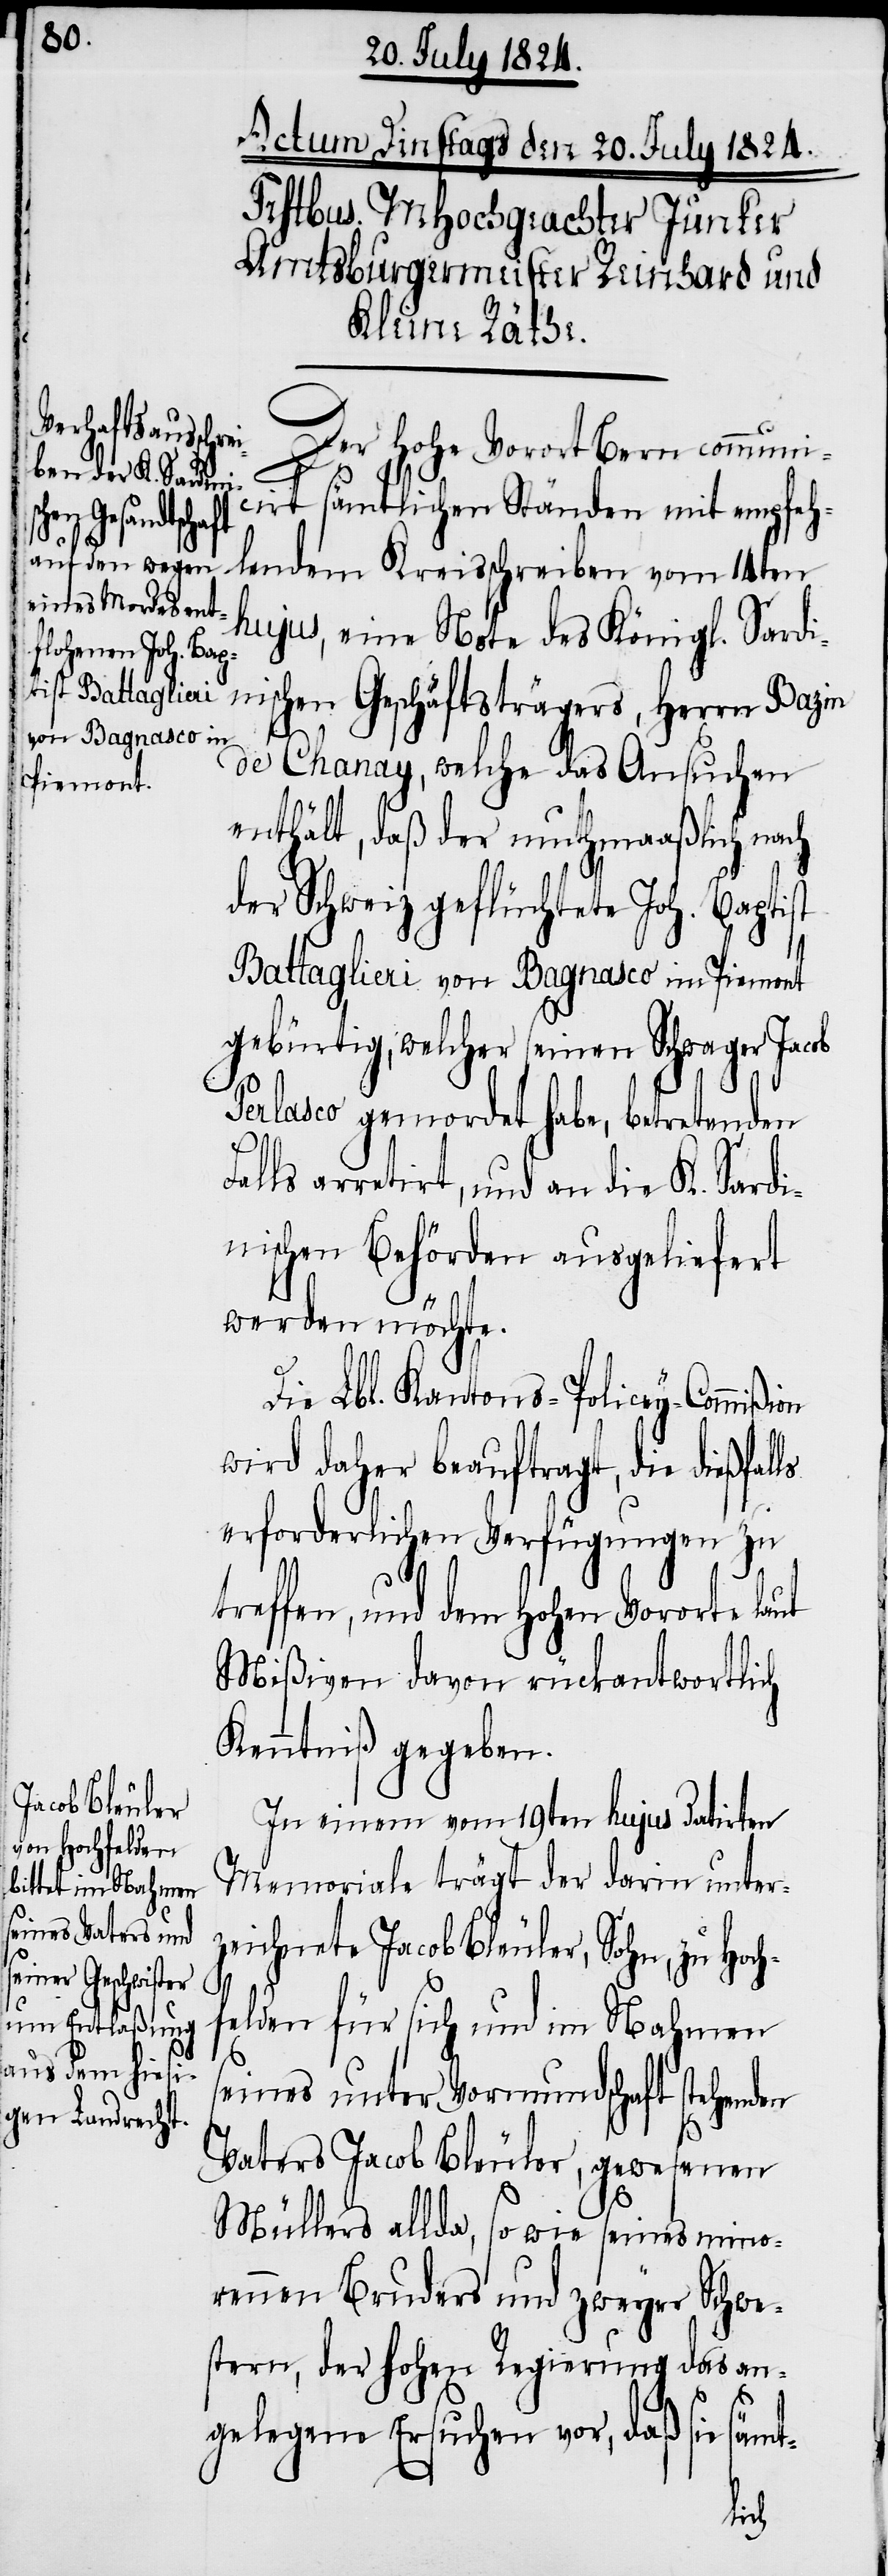
lendem Kreisschre¬
Der Hohe Vorort Bern communi¬
cirt sämtlichen Ständen mit empfeh¬
hujus, eine Note des Königl. Sardi¬
chen Geschäftsträgers, Herrn Bazin
de Chanay, welche das Ansuchen
enthält, daß der muthmaßliche nach
der Schweiz geflüchtete Joh. Baptist
Battaglieri von Bagnasco im Piemont
gebürtig, welcher seinen Schwager Jacob
Perlasco gemordet habe, betretenden
Falls arretirt, und an die K. Sardi¬
nischen Behörden ausgeliefert
werden möchte.
Die Lbl. Kantons-Policey-Commißion
wird daher beauftragt, die dießfal¬
erforderlichen Verfügungen zu
reffen, und dem Hohen Vororte laut
Mißiven davon rückantwortlich
Kenntniß gegeben.
In einem vom 19ten hujus datirten
Memoriale trägt der darin unter¬
zeichnete Jacob Bleuler, Sohn, zu Ho¬
felden für sich und im Nahmen
seines unter Vormundschaft stehenden
Vaters Jacob Bleuler, gewesenen
Müllers allda, so wie seines mino¬
rennen Bruders und zweyer Schwe¬
stern, der hohen Regierung das an¬
gelegene Ersuchen vor, daß sie
ch¬